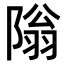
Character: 𫕎